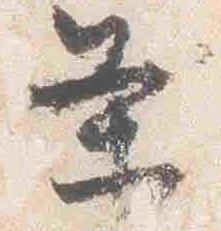
条